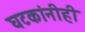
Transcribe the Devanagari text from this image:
घटकांनीही